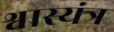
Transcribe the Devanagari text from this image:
श्वास्यंत्र